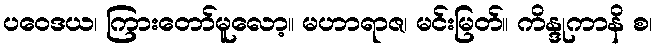
ပဝေဒယ၊ ကြားတော်မူလော့။ မဟာရာဇ၊ မင်းမြတ်။ ကိန္ဒုကာနိ စ၊